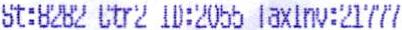
ST:8282 CTR2 ID:2055 TAXINV:21777